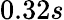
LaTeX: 0.32s